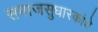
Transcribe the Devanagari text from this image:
समाजसुधारकांचे